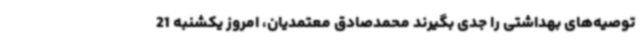
توصیه‌های بهداشتی را جدی بگیرند محمدصادق معتمدیان، امروز یکشنبه 21